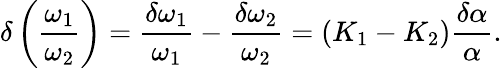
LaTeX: \delta\left(\frac{\omega_{1}}{\omega_{2}}\right)=\frac{\delta\omega_{1}}{\omega_{1}}-\frac{\delta\omega_{2}}{\omega_{2}}=\left(K_{1}-K_{2}\right)\frac{\delta\alpha}{\alpha}.